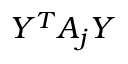
Y ^ { T } A _ { j } Y